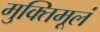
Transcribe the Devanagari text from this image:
मुक्तिमूलं